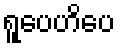
ရူပေဟိပေ